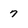
Character: 7